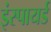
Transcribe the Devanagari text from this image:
इंस्पायर्ड